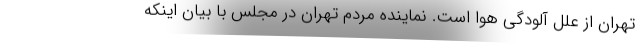
تهران از علل آلودگی هوا است. نماینده مردم تهران در مجلس با بیان اینکه